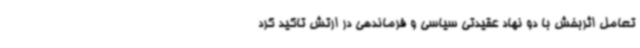
تعامل اثربخش با دو نهاد عقیدتی سیاسی و فرماندهی در ارتش تاکید کرد